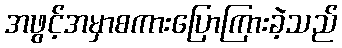
အဖွင့်အမှာစကားပြောကြားခဲ့သည်